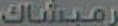
رمبشاك